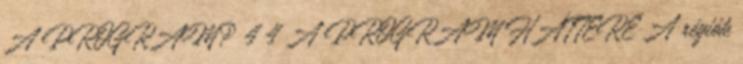
A PROGRAM? 4 4 A PROGRAM HÁTTERE A régiók